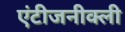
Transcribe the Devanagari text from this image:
एंटीजनीक्ली